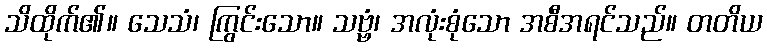
သိထိုက်၏။ သေသံ၊ ကြွင်းသော။ သဗ္ဗံ၊ အလုံးစုံသော အစီအရင်သည်။ တတိယ